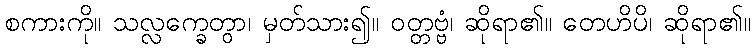
စကားကို။ သလ္လက္ခေတွာ၊ မှတ်သား၍။ ဝတ္တဗ္ဗံ၊ ဆိုရာ၏။ တေဟိပိ၊ ဆိုရာ၏။